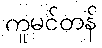
ကူမင်တန်